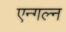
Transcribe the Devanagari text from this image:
एन्गल्न